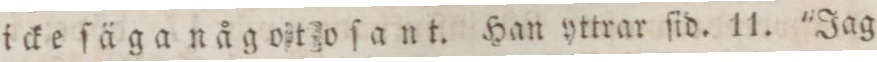
icke ſäga något oſant. Han yttrar ſid. 11. "Jag